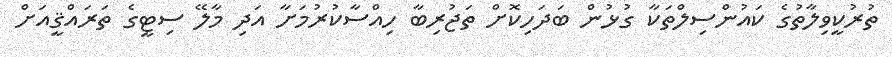
ތުރުކީވިލާތުގެ ކައުންސިލްތަކާ ގުޅުން ބަދަހިކޮށް ތަޖުރިބާ ހިއްސާކުރުމަށާ އަދި މާލޭ ސިޓީގެ ތަރައްޤީއަށް